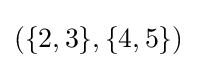
(\{2,3\},\{4,5\})